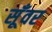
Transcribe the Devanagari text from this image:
सूँवर